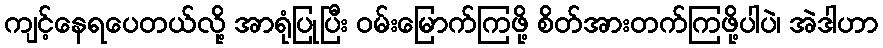
ကျင့်နေရပေတယ်လို့ အာရုံပြုပြီး ဝမ်းမြောက်ကြဖို့ စိတ်အားတက်ကြဖို့ပါပဲ၊ အဲဒါဟာ